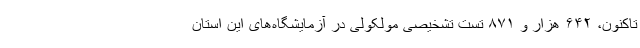
تاکنون، ۶۴۲ هزار و ۸۷۱ تست تشخیصی مولکولی در آزمایشگاه‌های این استان